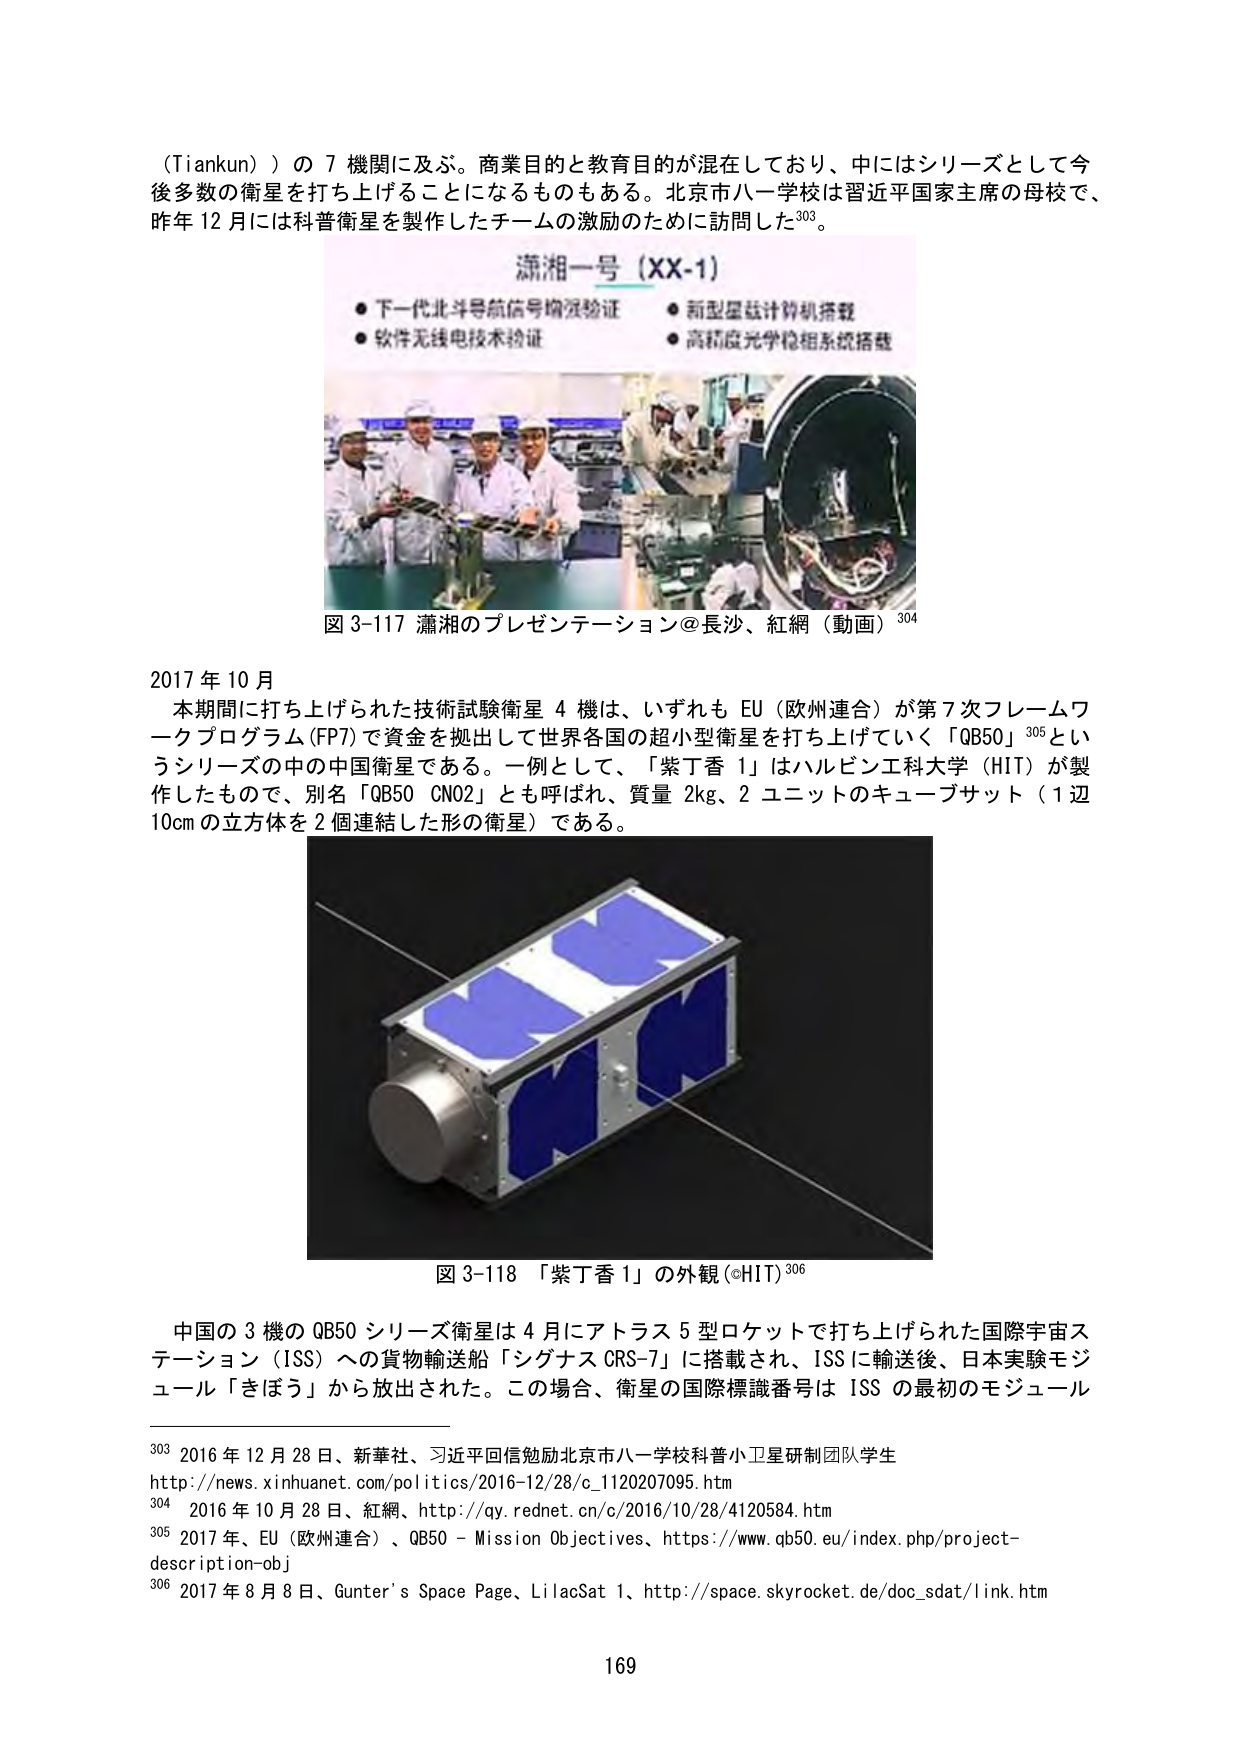
（Tiankun））の７機関に及ぶ。商業目的と教育目的が混在しており、中にはシリーズとして今後多数の衛星を打ち上げることになるものもある。北京市八一学校は習近平国家主席の母校で、昨年12月には科普衛星を製作したチームの激励のために訪問した³⁰³。

潇湘一号（XX-1）
● 下一代北斗导航信号增强验证
● 软件无线电技术验证
● 新型星载计算机搭载
● 高精度光学稳相系统搭载

図3-117 潇湘のプレゼンテーション＠長沙、紅網（動画）³⁰⁴

2017年10月
本期間に打ち上げられた技術試験衛星4機は、いずれもEU（欧州連合）が第7次フレームワークプログラム（FP7）で資金を拠出して世界各国の超小型衛星を打ち上げていく「QB50」³⁰⁵というシリーズの中の中国衛星である。一例として、「紫丁香1」はハルビン工科大学（HIT）が製作したもので、別名「QB50 CN02」とも呼ばれ、質量2kg、2ユニットのキューブサット（1辺10cmの立方体を2個連結した形の衛星）である。

図3-118 「紫丁香1」の外観（©HIT）³⁰⁶

中国の3機のQB50シリーズ衛星は4月にアトラス5型ロケットで打ち上げられた国際宇宙ステーション（ISS）への貨物輸送船「シグナスCRS-7」に搭載され、ISSに輸送後、日本実験モジュール「きぼう」から放出された。この場合、衛星の国際標識番号はISSの最初のモジュール

³⁰³ 2016年12月28日、新華社、习近平回信勉励北京市八一学校科普小卫星研制团队学生
http://news.xinhuanet.com/politics/2016-12/28/c_1120207095.htm
³⁰⁴ 2016年10月28日、紅網、http://qy.rednet.cn/c/2016/10/28/4120584.htm
³⁰⁵ 2017年、EU（欧州連合）、QB50 - Mission Objectives、https://www.qb50.eu/index.php/project-description-obj
³⁰⁶ 2017年8月8日、Gunter's Space Page、LilacSat 1、http://space.skyrocket.de/doc_sdat/link.htm

169